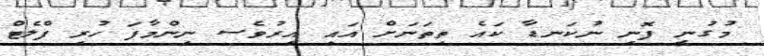
މުގުނީ ފޮނި ނުކަނޑާ ކައެ ތިތަނަށް އައި އިރުވެސ ނިންމާފަ ހުރި ފްލެޓް